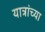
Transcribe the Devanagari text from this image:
यात्रांच्या